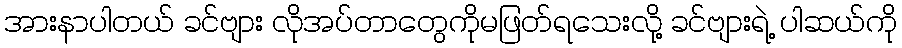
အားနာပါတယ် ခင်ဗျား လိုအပ်တာတွေကိုမဖြတ်ရသေးလို့ ခင်ဗျားရဲ့ ပါဆယ်ကို